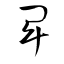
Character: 卑